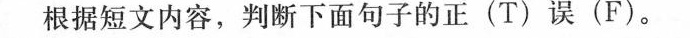
根据短文内容,判断下面句子的正(T)误(F).